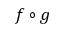
f \circ g